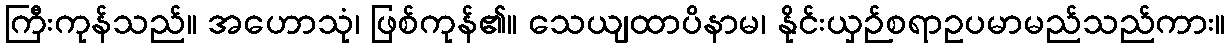
ကြီးကုန်သည်။ အဟောသုံ၊ ဖြစ်ကုန်၏။ သေယျထာပိနာမ၊ နိုင်းယှဉ်စရာဥပမာမည်သည်ကား။